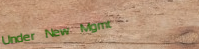
Under New Mgmt